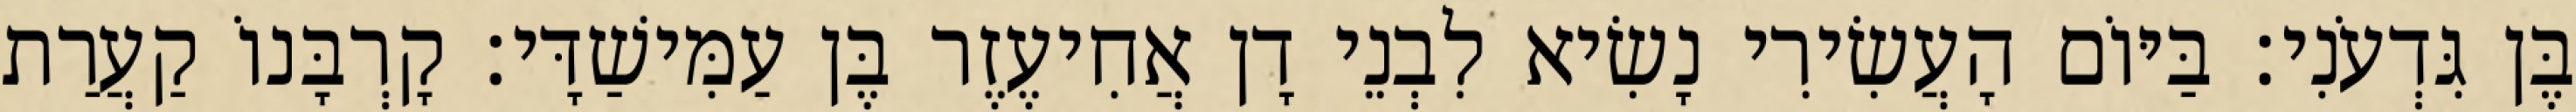
בֶּן גִּדְעֹנִי׃ בַּיּוֹם הָעֲשִׂירִי נָשִׂיא לִבְנֵי דָן אֲחִיעֶזֶר בֶּן עַמִּישַׁדָּי׃ קָרְבָּנוֹ קַעֲרַת